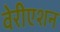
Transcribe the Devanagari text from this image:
वेरीएशन